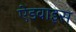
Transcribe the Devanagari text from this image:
ऐडवाइस